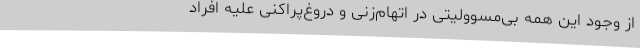
از وجود این همه بی‌مسوولیتی در اتهام‌زنی و دروغ‌پراکنی علیه افراد